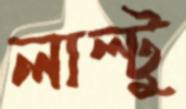
লাল্টু